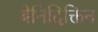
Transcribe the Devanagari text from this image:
बेनिदिक्तिन